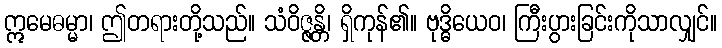
ဣမေဓမ္မာ၊ ဤတရားတို့သည်။ သံဝိဇ္ဇန္တိ၊ ရှိကုန်၏။ ဗုဒ္ဓိယေဝ၊ ကြီးပွားခြင်းကိုသာလျှင်။